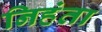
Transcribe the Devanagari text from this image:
निहंता